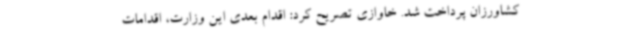
کشاورزان پرداخت شد. خاوازی تصریح کرد: اقدام بعدی این وزارت، اقدامات